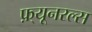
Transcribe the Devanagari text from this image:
फ़्यूनरल्स